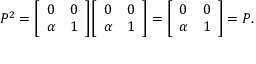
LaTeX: P ^ { 2 } = { \left[ \begin{array} { l l } { 0 } & { 0 } \\ { \alpha } & { 1 } \end{array} \right] } { \left[ \begin{array} { l l } { 0 } & { 0 } \\ { \alpha } & { 1 } \end{array} \right] } = { \left[ \begin{array} { l l } { 0 } & { 0 } \\ { \alpha } & { 1 } \end{array} \right] } = P .